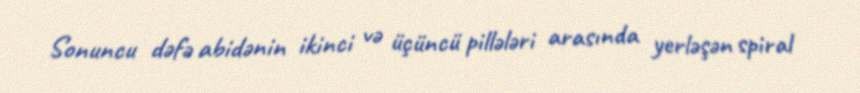
Sonuncu dəfə abidənin ikinci və üçüncü pillələri arasında yerləşən spiral